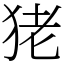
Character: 狫